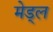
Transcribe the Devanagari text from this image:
मेड्ल